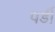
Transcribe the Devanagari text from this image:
पर्डी